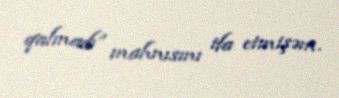
qalmadı” mahnısını ifa etmişəm.